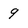
Character: 9